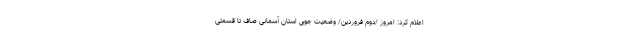
اعلام کرد: امروز /دوم فروردین/ وضعیت جوی استان آسمانی صاف تا قسمتی